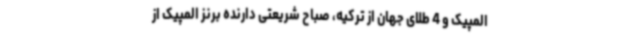
المپیک و 4 طلای جهان از ترکیه، صباح شریعتی دارنده برنز المپیک از